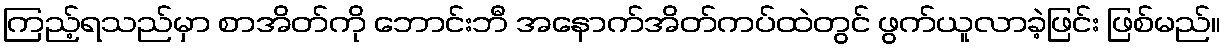
ကြည့်ရသည်မှာ စာအိတ်ကို ဘောင်းဘီ အနောက်အိတ်ကပ်ထဲတွင် ဖွက်ယူလာခဲ့ဖြင်း ဖြစ်မည်။